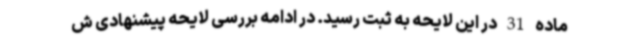
ماده 31 در این لایحه به ثبت رسید. در ادامه بررسی لایحه پیشنهادی ش